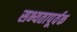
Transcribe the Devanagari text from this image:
सभ्यतापूर्वक